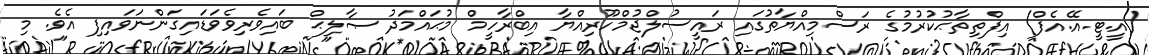
(އީ.ޓީ.އޭ.އެފް) އިފްތިތާޙުކުރުމުގެ ރަސްމިއްޔާތުގައި ރައީސުލްޖުމްހޫރިއްޔާ އިބްރާހީމް މުޙައްމަދު ޞާލިޙް ބައިވެރިވެވަޑައިގަންނަވައިފި އެވެ. މި